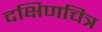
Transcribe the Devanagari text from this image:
दक्षिणचित्र